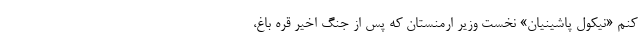
کنم «نیکول پاشینیان» نخست وزیر ارمنستان که پس از جنگ اخیر قره باغ،